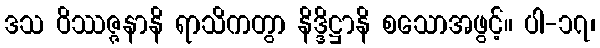
ဒသ ဝိဿဇ္ဇနာနိ ရာသိကတွာ နိဒ္ဒိဋ္ဌာနိ စသောအဖွင့်။ ပါ-၁၇၊